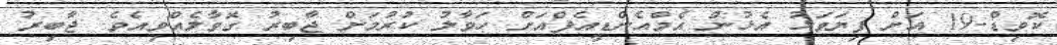
ކޮވިޑް-19 އަށް ފިޔަވަޅު އެޅުން އެމްއެންޑީއެފްއަށް ހަވާލު ކުރުމަށް ޖާބިރު ގޮވާލެއްވިއެވެ. ޖާބިރު